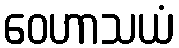
ဝေဟာသယံ